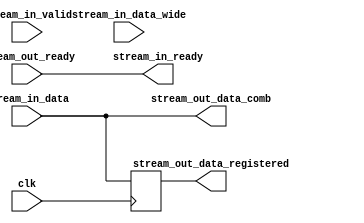
module sample_module (
    input                                       clk,

    output reg                                  stream_in_ready,
    input                                       stream_in_valid,
    input  [7:0]                                stream_in_data,
    input  [63:0]                               stream_in_data_wide,

    input                                       stream_out_ready,
    output reg [7:0]                            stream_out_data_comb,
    output reg [7:0]                            stream_out_data_registered
);

always @(posedge clk)
    stream_out_data_registered <= stream_in_data;

always @(stream_in_data)
    stream_out_data_comb = stream_in_data;

always @(stream_out_ready)
    stream_in_ready      = stream_out_ready;


initial begin
     $dumpfile("waveform.vcd");
     $dumpvars(0,sample_module);

//   TODO: Move into a separate test
//     #500000 $fail_test("Test timed out, failing...");
end

endmodule